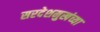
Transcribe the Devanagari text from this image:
सरदेशमुखंच्या